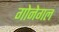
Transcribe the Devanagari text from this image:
गोनेगल